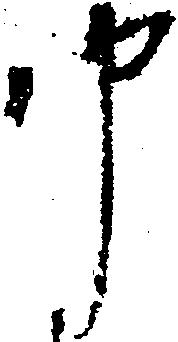
申